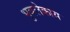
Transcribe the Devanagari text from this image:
भुवलेकाय